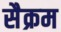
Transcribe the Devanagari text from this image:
सैक्रम